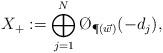
LaTeX: \begin{align*}X_+:=\bigoplus_{j=1}^N\O_{\P(\vec w)}(-d_j),\end{align*}